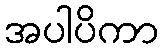
အပါပိကာ